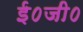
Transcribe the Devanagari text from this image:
ई०जी०